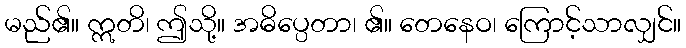
မည်၏။ ဣတိ၊ ဤသို့။ အဓိပ္ပေတာ၊ ၏။ တေနေဝ၊ ကြောင့်သာလျှင်။